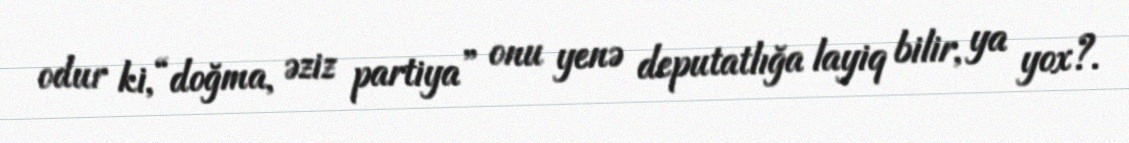
odur ki, “doğma, əziz partiya” onu yenə deputatlığa layiq bilir, ya yox?.